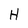
Character: H